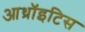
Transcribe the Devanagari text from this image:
आथ्रॉइटिस